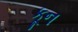
કૂન